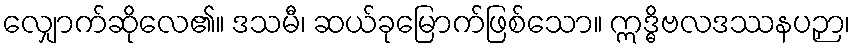
လျှောက်ဆိုလေ၏။ ဒသမီ၊ ဆယ်ခုမြောက်ဖြစ်သော။ ဣဒ္ဓိဗလဒဿနပဉှာ၊